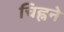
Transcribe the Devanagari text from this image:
चिह्नने